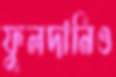
ফুলদানিও